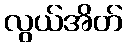
လွယ်အိတ်